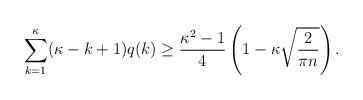
LaTeX: \begin{align*}\sum_{k=1}^\kappa (\kappa-k+1) q(k) \ge \frac{\kappa^2-1}{4} \left(1 - \kappa \sqrt{\frac{2}{\pi n}}\right).\end{align*}